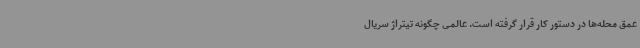
عمق محله‌ها در دستور کار قرار گرفته است. عالمی چگونه تیتراژ سریال